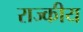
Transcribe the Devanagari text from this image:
राज्कीय